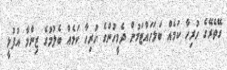
ގޭތެރޭގެ ހުރިހާ ކަމެއް ބަލަހައްޓަމުން ދެމީހުންގެ ހުރިހާ ކަމެއް ބެލުމުގެ ޒިންމާ އުފުލީ